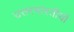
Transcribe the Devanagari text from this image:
उत्तरभारतीयों